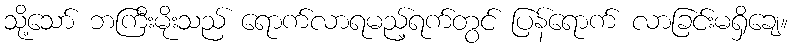
သို့သော် ဘကြီးမိုးသည် ရောက်လာရမည့်ရက်တွင် ပြန်ရောက် လာခြင်းမရှိချေ။